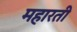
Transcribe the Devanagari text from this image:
महारती